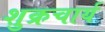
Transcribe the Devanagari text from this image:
शुक्रचार्य